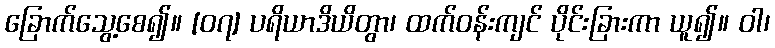
ခြောက်သွေ့စေ၍။ [၀၇] ပရိယာဒိယိတွာ၊ ထက်ဝန်းကျင် ပိုင်းခြားကာ ယူ၍။ ဝါ၊